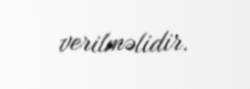
verilməlidir.